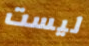
ليست